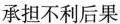
承担不利后果